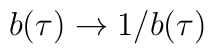
b(\tau)\rightarrow 1/b(\tau)